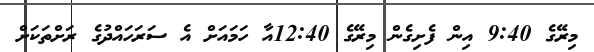
މިރޭގެ 9:40 އިން ފެށިގެން މިރޭގެ 12:40އާ ހަމައަށް އެ ސަރަހައްދުގެ ރަށްތަކަށް